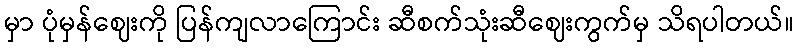
မှာ ပုံမှန်ဈေးကို ပြန်ကျလာကြောင်း ဆီစက်သုံးဆီဈေးကွက်မှ သိရပါတယ်။